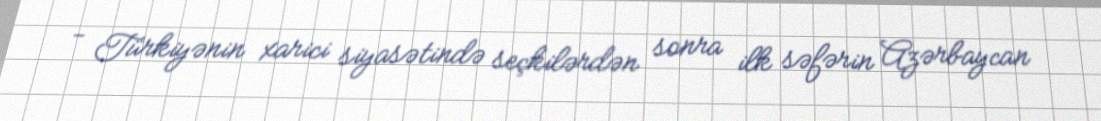
- Türkiyənin xarici siyasətində seçkilərdən sonra ilk səfərin Azərbaycan